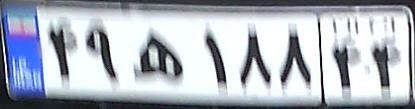
۴۹ه۱۸۸۴۴